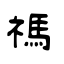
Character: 禡